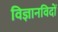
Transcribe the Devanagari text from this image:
विज्ञानविदों